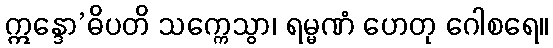
ဣန္ဒော’ဓိပတိ သက္ကေသွာ၊ ရမ္မဏံ ဟေတု ဂေါစရေ။